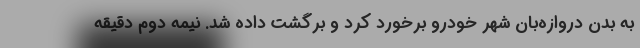
به بدن دروازه‌بان شهر خودرو برخورد کرد و برگشت داده شد. نیمه دوم دقیقه